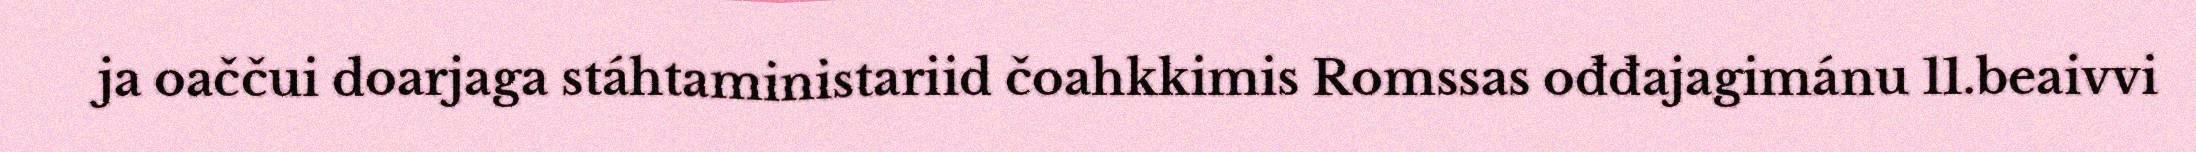
ja oaččui doarjaga stáhtaministariid čoahkkimis Romssas ođđajagimánu 11.beaivvi